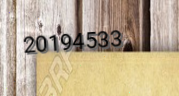
20194533